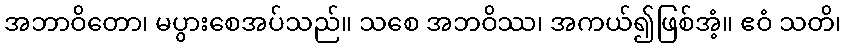
အဘာဝိတော၊ မပွားစေအပ်သည်။ သစေ အဘဝိဿ၊ အကယ်၍ဖြစ်အံ့။ ဧဝံ သတိ၊